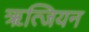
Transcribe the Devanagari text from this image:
ॠत्जियन